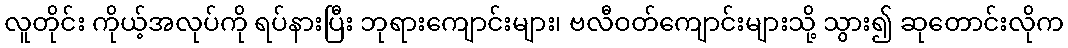
လူတိုင်း ကိုယ့်အလုပ်ကို ရပ်နားပြီး ဘုရားကျောင်းများ၊ ဗလီဝတ်ကျောင်းများသို့ သွား၍ ဆုတောင်းလိုက